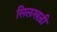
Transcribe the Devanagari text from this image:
सिलखड़ी